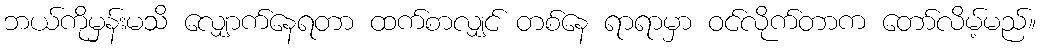
ဘယ်ကိုမှန်းမသိ လျှောက်နေရတာ ထက်စာလျှင် တစ်နေ ရာရာမှာ ဝင်လိုက်တာက တော်လိမ့်မည်။